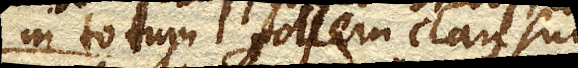
in totum follem clausum